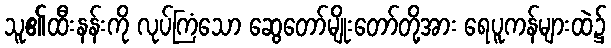
သူ၏ထီးနန်းကို လုပ်ကြံသော ဆွေတော်မျိုးတော်တို့အား ရေပူကန်များထဲ၌